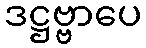
ဒဋ္ဌဗ္ဗာပေ